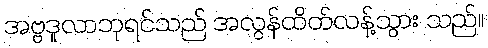
အဗ္ဗဒူလာဘုရင်သည် အလွန်ထိတ်လန့်သွား သည်။